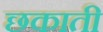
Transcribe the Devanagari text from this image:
छकाती